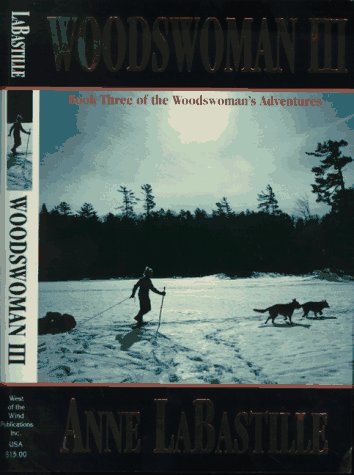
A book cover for Woodswoman III: Book Three of the Woodswoman's Adventures; Anne Labastille; Biographies & Memoirs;